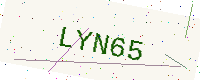
Text: LYN65